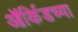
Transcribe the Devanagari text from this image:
ऑर्किडच्या